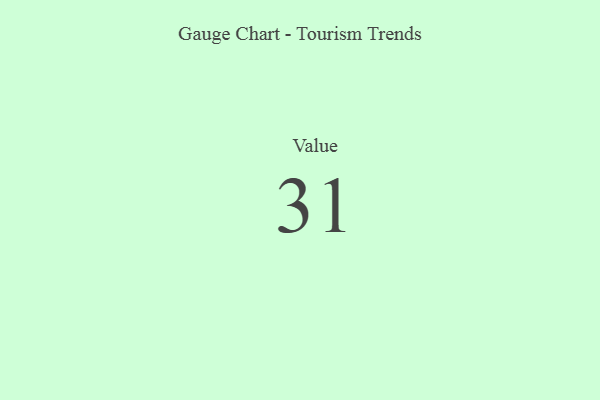
{"axis": {"x": "Metric", "y": "Value"}, "legend": [""], "data": [{"x": "Value", "y": 31, "type": ""}]}